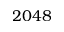
2 0 4 8